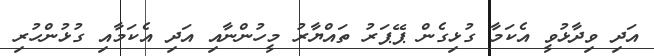
އަދި ވިދާޅުވީ އެކަމާ ގުޅިގެން ޕޭޕަރު ތައްޔާރު މީހުންނާއި އަދި އެކަމާއި ގުޅުންހުރި